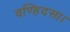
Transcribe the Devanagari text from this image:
वण्हिदसा।